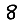
Digit: 8